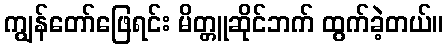
ကျွန်တော်ဖြေရင်း မိတ္တူဆိုင်ဘက် ထွက်ခဲ့တယ်။